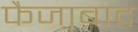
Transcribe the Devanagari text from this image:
फैजा़बाद